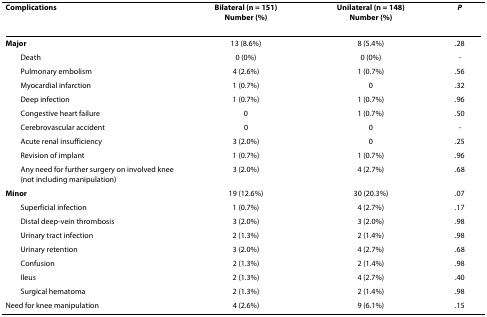
<table><thead><tr><td><b>Complications</b></td><td><b>Bilateral (n = 151) Number (%)</b></td><td><b>Unilateral (n = 148) Number (%)</b></td><td><b><i>P</i></b></td></tr></thead><tbody><tr><td><b>Major</b></td><td>13 (8.6%)</td><td>8 (5.4%)</td><td>.28</td></tr><tr><td> Death</td><td>0 (0%)</td><td>0 (0%)</td><td>-</td></tr><tr><td> Pulmonary embolism</td><td>4 (2.6%)</td><td>1 (0.7%)</td><td>.56</td></tr><tr><td> Myocardial infarction</td><td>1 (0.7%)</td><td>0</td><td>.32</td></tr><tr><td> Deep infection</td><td>1 (0.7%)</td><td>1 (0.7%)</td><td>.96</td></tr><tr><td> Congestive heart failure</td><td>0</td><td>1 (0.7%)</td><td>.50</td></tr><tr><td> Cerebrovascular accident</td><td>0</td><td>0</td><td>-</td></tr><tr><td> Acute renal insufficiency</td><td>3 (2.0%)</td><td>0</td><td>.25</td></tr><tr><td> Revision of implant</td><td>1 (0.7%)</td><td>1 (0.7%)</td><td>.96</td></tr><tr><td> Any need for further surgery on involved knee (not including manipulation)</td><td>3 (2.0%)</td><td>4 (2.7%)</td><td>.68</td></tr><tr><td><b>Minor</b></td><td>19 (12.6%)</td><td>30 (20.3%)</td><td>.07</td></tr><tr><td> Superficial infection</td><td>1 (0.7%)</td><td>4 (2.7%)</td><td>.17</td></tr><tr><td> Distal deep-vein thrombosis</td><td>3 (2.0%)</td><td>3 (2.0%)</td><td>.98</td></tr><tr><td> Urinary tract infection</td><td>2 (1.3%)</td><td>2 (1.4%)</td><td>.98</td></tr><tr><td> Urinary retention</td><td>3 (2.0%)</td><td>4 (2.7%)</td><td>.68</td></tr><tr><td> Confusion</td><td>2 (1.3%)</td><td>2 (1.4%)</td><td>.98</td></tr><tr><td> Ileus</td><td>2 (1.3%)</td><td>4 (2.7%)</td><td>.40</td></tr><tr><td> Surgical hematoma</td><td>2 (1.3%)</td><td>2 (1.4%)</td><td>.98</td></tr><tr><td>Need for knee manipulation</td><td>4 (2.6%)</td><td>9 (6.1%)</td><td>.15</td></tr></tbody></table>